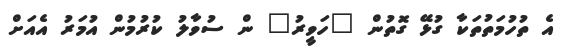
އެ ތުހުމަތުތަކާ ގުޅޭ ގޮތުން "ހަވީރު" ން ސުވާލު ކުރުމުން އުމަރު އެއަށް